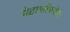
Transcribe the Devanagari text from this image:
मेटाफॉस्फेट